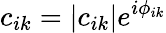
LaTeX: c_{ik}=|c_{ik}|e^{i\phi_{ik}}